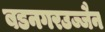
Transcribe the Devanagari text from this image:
बडनगरउज्जैन